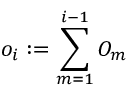
o _ { i } : = \sum _ { m = 1 } ^ { i - 1 } O _ { m }